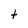
Character: t